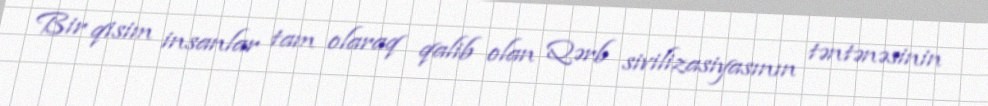
Bir qisim insanlar tam olaraq qalib olan Qərb sivilizasiyasının təntənəsinin